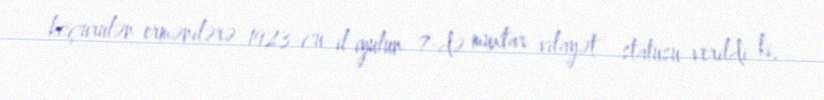
köçürülən ermənilərə 1923-cü il iyulun 7-də muxtar vilayət statusu verildi ki,